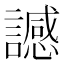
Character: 䜗